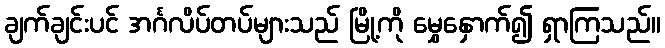
ချက်ချင်းပင် အင်္ဂလိပ်တပ်များသည် မြို့ကို မွှေနှောက်၍ ရှာကြသည်။